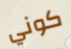
كوني